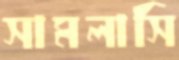
সামলাসি